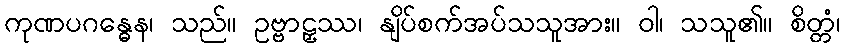
ကုဏပဂန္ဓေန၊ သည်။ ဥဗ္ဗာဠှဿ၊ နျိပ်စက်အပ်သသူအား။ ဝါ၊ သသူ၏။ စိတ္တံ၊